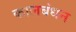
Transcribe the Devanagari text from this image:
कालबंधन